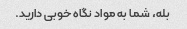
بله، شما به مواد نگاه خوبی دارید.